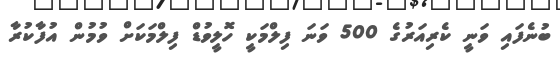
ބުނެފައި ވަނީ ކެރިއަރުގެ 500 ވަނަ ފިލްމަކީ ހޮލީވުޑް ފިލްމަކަށް ވުމުން އުފާކުރާ